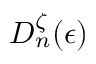
D _ { n } ^ { \zeta } ( \epsilon )